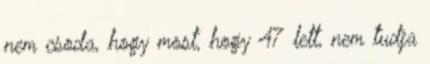
nem csoda, hogy most, hogy 47 lett, nem tudja